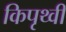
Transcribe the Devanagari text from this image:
किपृथ्वी